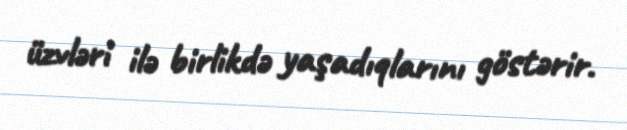
üzvləri ilə birlikdə yaşadıqlarını göstərir.